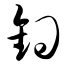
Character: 钩